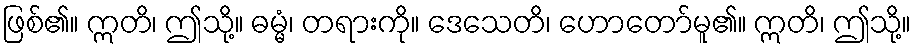
ဖြစ်၏။ ဣတိ၊ ဤသို့။ ဓမ္မံ၊ တရားကို။ ဒေသေတိ၊ ဟောတော်မူ၏။ ဣတိ၊ ဤသို့။